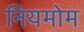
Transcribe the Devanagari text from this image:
नियमोम